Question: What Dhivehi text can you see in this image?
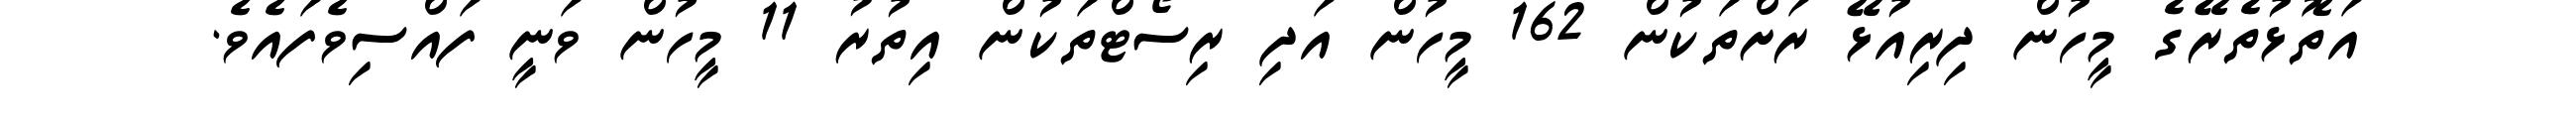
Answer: އަތޮޅުތެރޭގެ މީހުން ދިރިއުޅޭ ރަށްތަކުން 162 މީހުން އަދި ރިސޯޓްތަކުން އިތުރު 11 މީހުން ވަނީ ފައްސިވެފައެވެ.